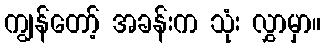
ကျွန်တော့် အခန်းက သုံး လွှာမှာ။